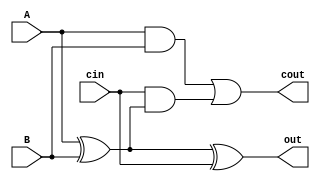
`timescale 1ns / 1ps
//////////////////////////////////////////////////////////////////////////////////
// Company: 
// Engineer: 
// 
// Design Name: 
// Module Name: OneBitAdder
// Project Name: 
// Target Devices: 
// Tool Versions: 
// Description: 
// 
// Dependencies: 
// 
// Revision:
// Revision 0.01 - File Created
// Additional Comments:
// 
//////////////////////////////////////////////////////////////////////////////////


module OneBitAdder(A, B, cin, out, cout);

input A, B, cin;
output cout, out;
wire xor_out, andAB_out, cin_and_out;

xor(xor_out, A, B);
xor(out, xor_out, cin);
and(cin_and_out, cin, xor_out);
and(andAB_out, A, B);
or(cout, andAB_out, cin_and_out);

endmodule